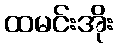
ထမင်းအိုး